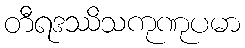
တီရဒဿိသကုဏုပမာ